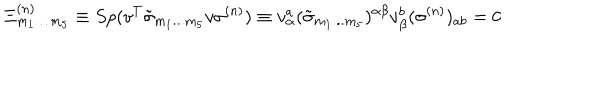
LaTeX: \Xi _ { { m } _ { { 1 } } \ldots { m } _ { { 5 } } } ^ { { ( n ) } } \equiv S p ( v ^ { { T } } \tilde { \sigma } _ { { m } _ { { 1 } } { \bf . . . } { m } _ { { 5 } } } v \sigma ^ { { ( n ) } } ) \equiv v _ { \alpha } ^ { { a } } ( \tilde { \sigma } _ { { m } _ { { 1 } } { \bf . . . } { m } _ { { 5 } } } ) ^ { \alpha \beta } v _ { \beta } ^ { { b } } ( \sigma ^ { { ( n ) } } ) _ { { a b } } = 0